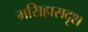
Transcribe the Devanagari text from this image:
मसिहासदृश